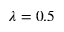
\lambda = 0 . 5